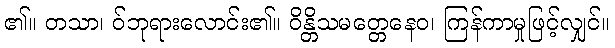
၏။ တသာ၊ ဝ်ဘုရားလောင်း၏။ ဝိန္တိသမတ္တေနေဝ၊ ကြန်ကာမှုဖြင့်လျှင်။